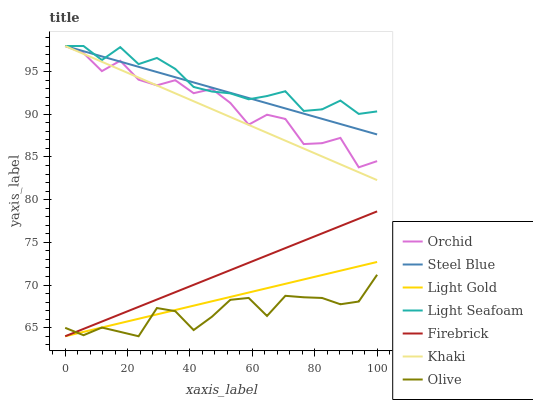
| xaxis_label | Orchid | Steel Blue | Light Gold | Light Seafoam | Firebrick | Khaki | Olive |
 | --- | --- | --- | --- | --- | --- | --- | --- |
 | 0 | 98 | 98 | 64 | 98 | 64 | 98 | 65 |
 | 5.88 | 97.2 | 97.4 | 64.5 | 98 | 64.9 | 97.1 | 64.1 |
 | 11.8 | 95.1 | 96.8 | 65 | 96.4 | 65.7 | 96.2 | 65 |
 | 17.6 | 96.3 | 96.2 | 65.5 | 97.9 | 66.6 | 95.2 | 64.5 |
 | 23.5 | 94.1 | 95.6 | 66 | 95.9 | 67.4 | 94.3 | 64 |
 | 29.4 | 93.4 | 95 | 66.6 | 96.6 | 68.3 | 93.4 | 67.3 |
 | 35.3 | 94 | 94.3 | 67.1 | 95.3 | 69.2 | 92.5 | 66.9 |
 | 41.2 | 92.5 | 93.7 | 67.6 | 93.2 | 70 | 91.5 | 64.7 |
 | 47.1 | 93 | 93.1 | 68.1 | 92.7 | 70.9 | 90.6 | 66.3 |
 | 52.9 | 91.3 | 92.5 | 68.6 | 92.5 | 71.7 | 89.7 | 68.3 |
 | 58.8 | 88.8 | 91.9 | 69.1 | 91.8 | 72.6 | 88.8 | 68.5 |
 | 64.7 | 90 | 91.3 | 69.6 | 92.1 | 73.5 | 87.8 | 66.4 |
 | 70.6 | 89.5 | 90.7 | 70.1 | 92.7 | 74.3 | 86.9 | 68.7 |
 | 76.5 | 86.5 | 90.1 | 70.7 | 90.4 | 75.2 | 86 | 68.6 |
 | 82.4 | 86.6 | 89.5 | 71.2 | 90.6 | 76 | 85.1 | 68.5 |
 | 88.2 | 87.2 | 88.9 | 71.7 | 91.6 | 76.9 | 84.1 | 67.7 |
 | 94.1 | 83.8 | 88.3 | 72.2 | 90 | 77.8 | 83.2 | 68.1 |
 | 100 | 84.5 | 87.6 | 72.7 | 90.3 | 78.6 | 82.3 | 71.2 |